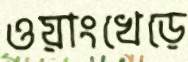
ওয়াংখেড়ে